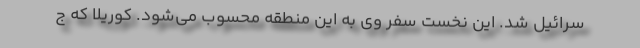
سرائیل شد. این نخست سفر وی به این منطقه محسوب می‌شود. کوریلا که ج